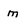
Character: m